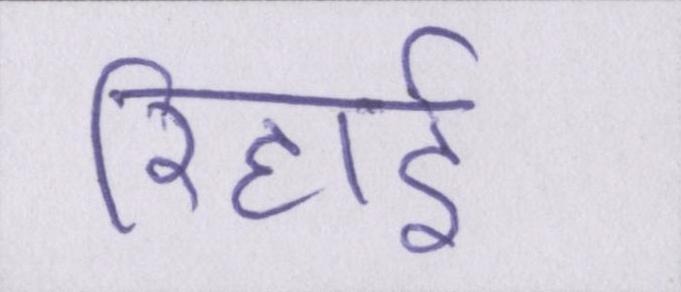
रिहाई